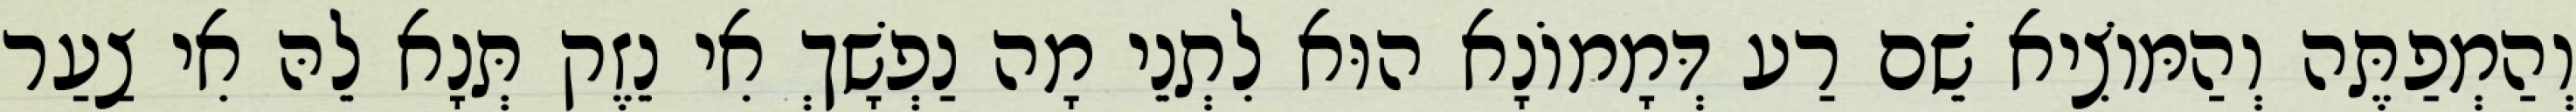
וְהַמְפַתֶּה וְהַמּוֹצִיא שֵׁם רַע דְּמָמוֹנָא הוּא לִתְנֵי מָה נַפְשָׁךְ אִי נֵזֶק תְּנָא לֵהּ אִי צַעַר